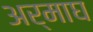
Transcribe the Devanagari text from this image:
अर्माघ